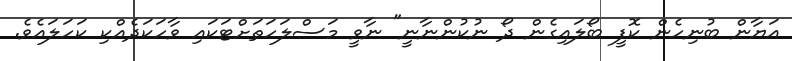
އަޔާން ބުނިހެން ކޮފީ ބޯލައިގެން ދޯ ނުކުންނާނީ" ނާވީ މަސްލަހަތަށްޓަކައި ވާހަކަދެއްކި ކަހަލައެވެ.